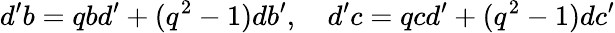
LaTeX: d^{\prime}b=qbd^{\prime}+(q^{2}-1)db^{\prime},\quad d^{\prime}c=qcd^{\prime}+(q^{2}-1)dc^{\prime}